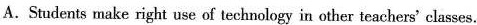
A.Students make right use of technology in other teachers' classes.